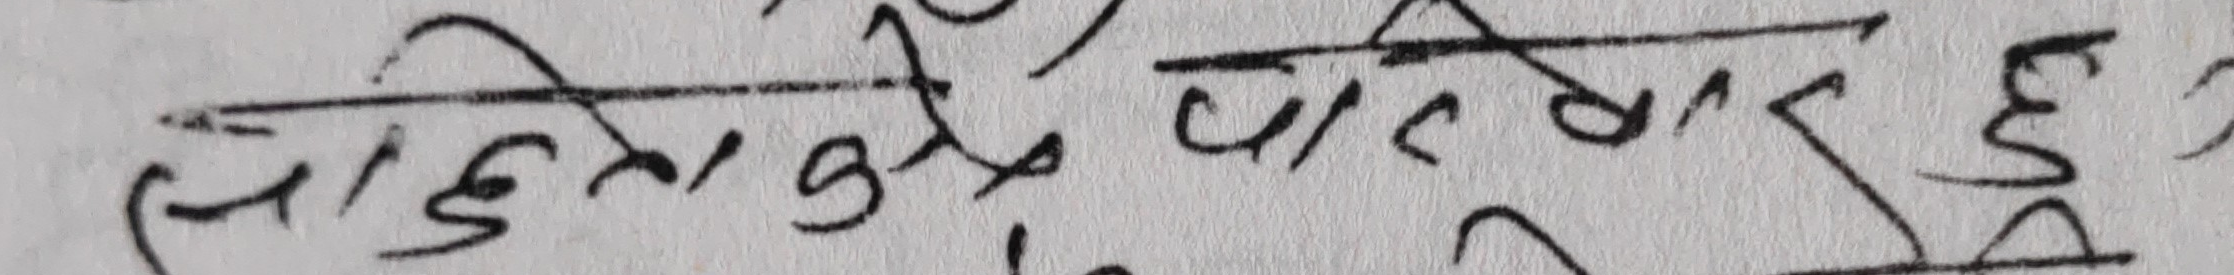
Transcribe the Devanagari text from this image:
सिउरी कुर्दि पार्किर हु